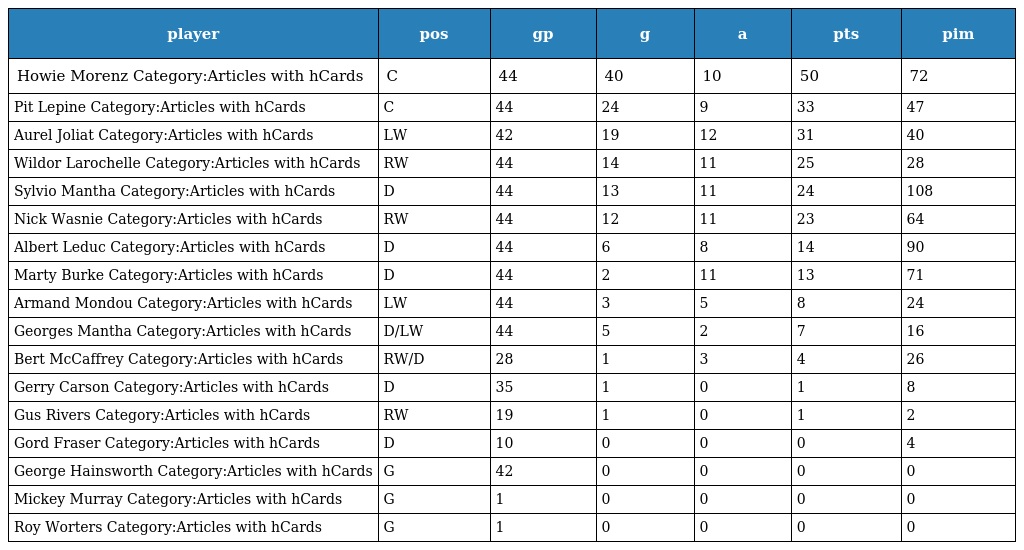
| player | pos | gp | g | a | pts | pim |
 | --- | --- | --- | --- | --- | --- | --- |
 | Howie Morenz Category:Articles with hCards | C | 44 | 40 | 10 | 50 | 72 |
 | Pit Lepine Category:Articles with hCards | C | 44 | 24 | 9 | 33 | 47 |
 | Aurel Joliat Category:Articles with hCards | LW | 42 | 19 | 12 | 31 | 40 |
 | Wildor Larochelle Category:Articles with hCards | RW | 44 | 14 | 11 | 25 | 28 |
 | Sylvio Mantha Category:Articles with hCards | D | 44 | 13 | 11 | 24 | 108 |
 | Nick Wasnie Category:Articles with hCards | RW | 44 | 12 | 11 | 23 | 64 |
 | Albert Leduc Category:Articles with hCards | D | 44 | 6 | 8 | 14 | 90 |
 | Marty Burke Category:Articles with hCards | D | 44 | 2 | 11 | 13 | 71 |
 | Armand Mondou Category:Articles with hCards | LW | 44 | 3 | 5 | 8 | 24 |
 | Georges Mantha Category:Articles with hCards | D/LW | 44 | 5 | 2 | 7 | 16 |
 | Bert McCaffrey Category:Articles with hCards | RW/D | 28 | 1 | 3 | 4 | 26 |
 | Gerry Carson Category:Articles with hCards | D | 35 | 1 | 0 | 1 | 8 |
 | Gus Rivers Category:Articles with hCards | RW | 19 | 1 | 0 | 1 | 2 |
 | Gord Fraser Category:Articles with hCards | D | 10 | 0 | 0 | 0 | 4 |
 | George Hainsworth Category:Articles with hCards | G | 42 | 0 | 0 | 0 | 0 |
 | Mickey Murray Category:Articles with hCards | G | 1 | 0 | 0 | 0 | 0 |
 | Roy Worters Category:Articles with hCards | G | 1 | 0 | 0 | 0 | 0 |